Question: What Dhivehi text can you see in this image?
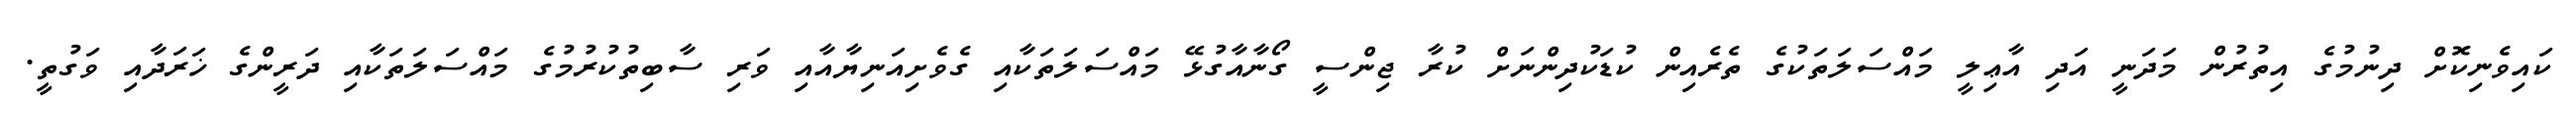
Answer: ކައިވެނިކޮށް ދިނުމުގެ އިތުރުން މަދަނީ އަދި އާޢިލީ މައްސަލަތަކުގެ ތެރެއިން ކުޑަކުދިންނަށް ކުރާ ޖިންސީ ގޯނާއާގުޅޭ މައްސަލަތަކާއި ގެވެށިއަނިޔާއާއި ވަރި ސާބިތުކުރުމުގެ މައްސަލަތަކާއި ދަރީންގެ ޚަރަދާއި ވަގުތީ.